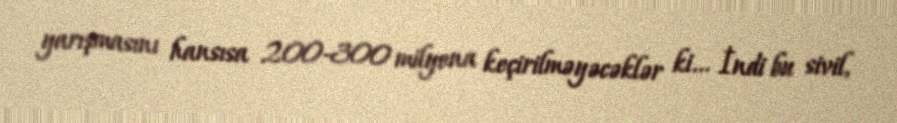
yarışmasını hansısa 200-300 milyona keçirilməyəcəklər ki... İndi bu sivil,